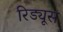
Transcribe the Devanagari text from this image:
रिड्यूस